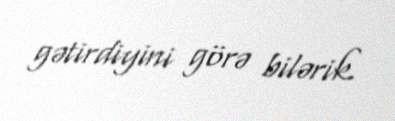
gətirdiyini görə bilərik.